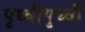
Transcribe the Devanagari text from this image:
पृथ्वीपृथ्वी